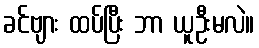
ခင်ဗျား ထပ်ပြီး ဘာ ယူဦးမလဲ။